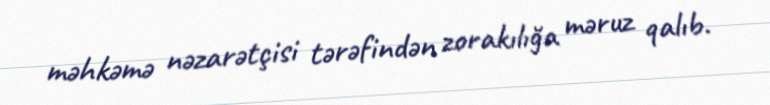
məhkəmə nəzarətçisi tərəfindən zorakılığa məruz qalıb.